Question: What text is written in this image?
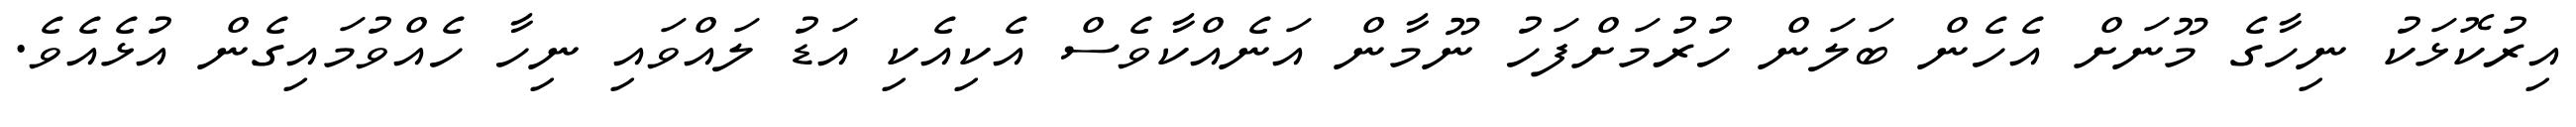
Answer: އިރުކޮޅަކު ނިހާގެ މޫނަށް އެހެން ބަލަން ހުރުމަށްފަހު ނޫމާން އަނެއްކާވެސް އެކިއެކި އަޑު ލައްވައި ނިހާ ހެއްވުމައިގެން އުޅެއެވެ.